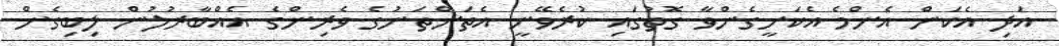
އަދި އެކަން އެންމެ އެކަށީގެންވާ ގޮތުގައި ކުރެވޭނީ އެތަންތަނުގެ ވެރިންގެ އެއްބާރުލުން ލިބިގެން